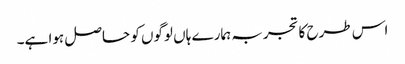
اس طرح کا تجربہ ہمارے ہاں لوگوں کو حاصل ہوا ہے۔